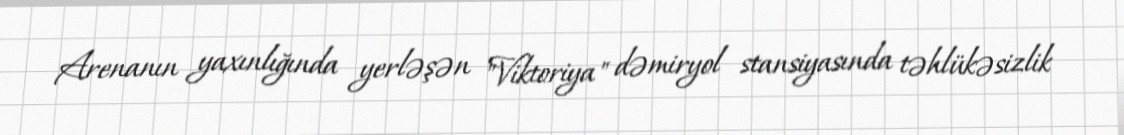
Arenanın yaxınlığında yerləşən "Viktoriya" dəmiryol stansiyasında təhlükəsizlik